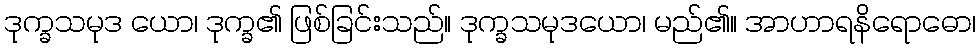
ဒုက္ခသမုဒ ယော၊ ဒုက္ခ၏ ဖြစ်ခြင်းသည်။ ဒုက္ခသမုဒယော၊ မည်၏။ အာဟာရနိရောဓော၊